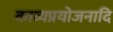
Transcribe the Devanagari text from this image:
काव्यप्रयोजनादि